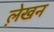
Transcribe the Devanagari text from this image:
ले़खन